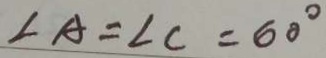
\angle A = \angle C = 6 0 ^ { \circ }